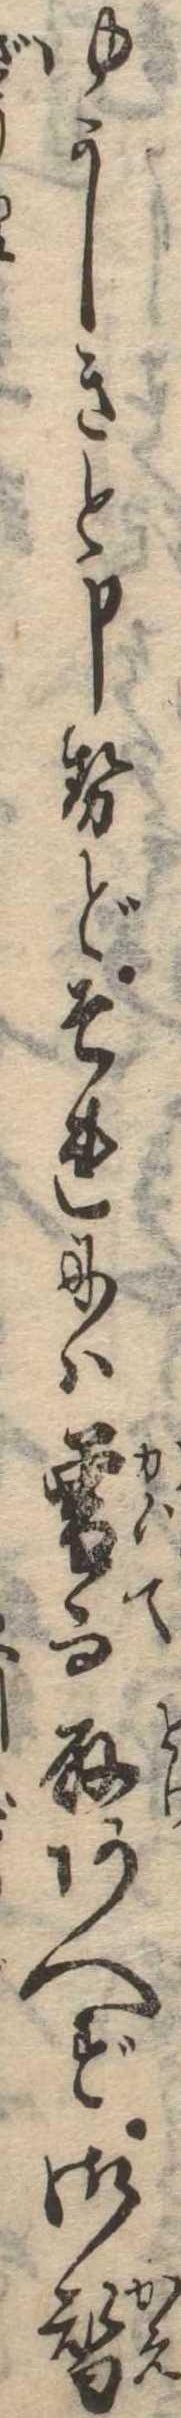
ゆかしきと申せどそれには曽而取あへず御替